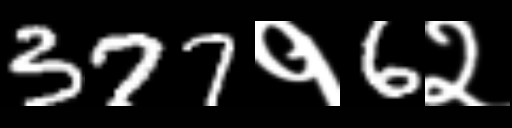
Text: 377१6२